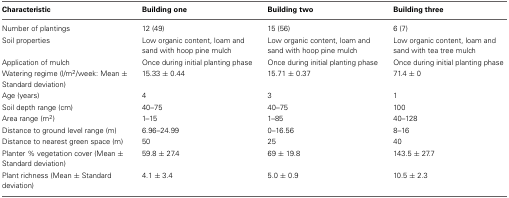
<table><thead><tr><td><b>Characteristic</b></td><td><b>Building one</b></td><td><b>Building two</b></td><td><b>Building three</b></td></tr></thead><tbody><tr><td>Number of plantings</td><td>12 (49)</td><td>15 (56)</td><td>6 (7)</td></tr><tr><td>Soil properties</td><td>Low organic content, loam and sand with hoop pine mulch</td><td>Low organic content, loam and sand with hoop pine mulch</td><td>Low organic content, loam and sand with tea tree mulch</td></tr><tr><td>Application of mulch</td><td>Once during initial planting phase</td><td>Once during initial planting phase</td><td>Once during initial planting phase</td></tr><tr><td>Watering regime (l/m<sup>2</sup>/week: Mean ± Standard deviation)</td><td>15.33 ± 0.44</td><td>15.71 ± 0.37</td><td>71.4 ± 0</td></tr><tr><td>Age (years)</td><td>4</td><td>3</td><td>1</td></tr><tr><td>Soil depth range (cm)</td><td>40–75</td><td>40–75</td><td>100</td></tr><tr><td>Area range (m<sup>2</sup>)</td><td>1–15</td><td>1–85</td><td>40–128</td></tr><tr><td>Distance to ground level range (m)</td><td>6.96–24.99</td><td>0–16.56</td><td>8–16</td></tr><tr><td>Distance to nearest green space (m)</td><td>50</td><td>25</td><td>40</td></tr><tr><td>Planter % vegetation cover (Mean ± Standard deviation)</td><td>59.8 ± 27.4</td><td>69 ± 19.8</td><td>143.5 ± 27.7</td></tr><tr><td>Plant richness (Mean ± Standard deviation)</td><td>4.1 ± 3.4</td><td>5.0 ± 0.9</td><td>10.5 ± 2.3</td></tr></tbody></table>